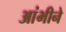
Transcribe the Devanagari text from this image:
आंभीने